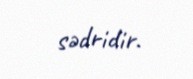
sədridir.